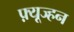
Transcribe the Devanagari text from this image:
फ़्यूज्हन